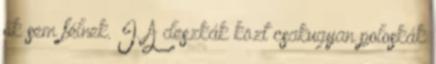
ők sem félnek. I. A deszkák közt csakugyan poloskák